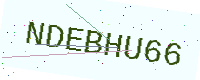
Text: NDEBHU66